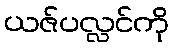
ယဇ်ပလ္လင်ကို